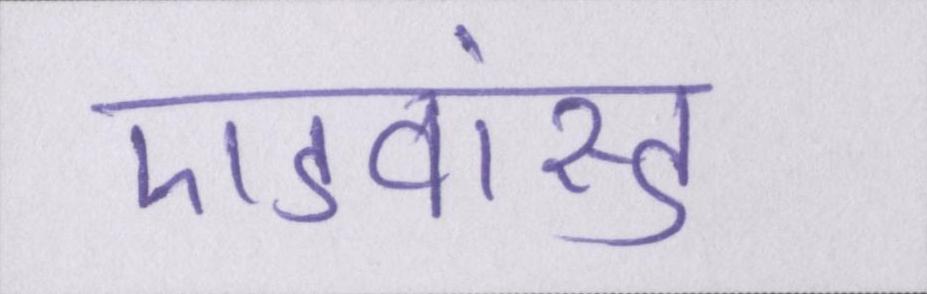
एडवांस्ड